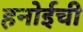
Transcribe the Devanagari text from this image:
हनोईची